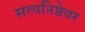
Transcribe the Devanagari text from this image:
सत्यनिष्ठेवर